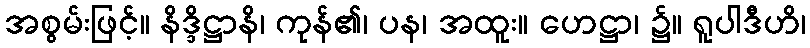
အစွမ်းဖြင့်။ နိဒ္ဒိဋ္ဌာနိ၊ ကုန်၏၊ ပန၊ အထူး။ ဟေဋ္ဌာ၊ ၌။ ရူပါဒီဟိ၊